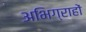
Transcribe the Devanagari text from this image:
अभिग्राहों